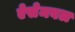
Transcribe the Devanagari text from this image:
ऐसेमबल